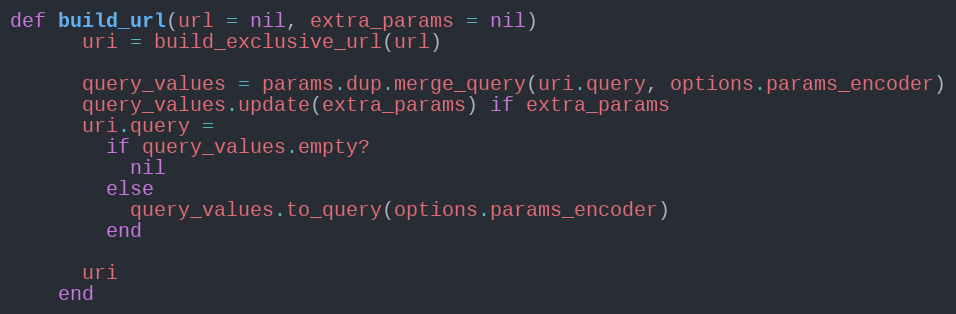
Language: Ruby
def build_url(url = nil, extra_params = nil)
      uri = build_exclusive_url(url)

      query_values = params.dup.merge_query(uri.query, options.params_encoder)
      query_values.update(extra_params) if extra_params
      uri.query =
        if query_values.empty?
          nil
        else
          query_values.to_query(options.params_encoder)
        end

      uri
    end